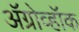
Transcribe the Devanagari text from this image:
अॅग्रोव्हॉक